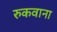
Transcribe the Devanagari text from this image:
रुकवाना